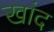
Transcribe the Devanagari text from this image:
खांद